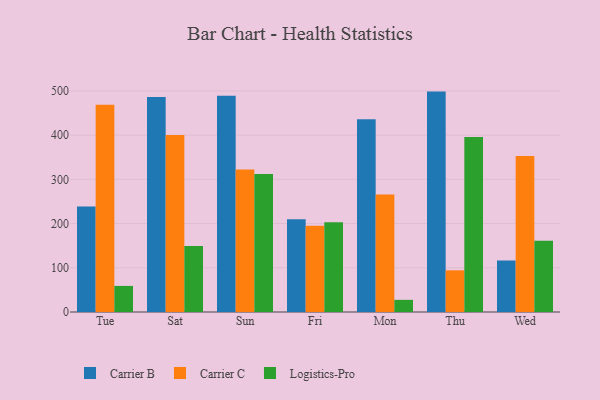
{"axis": {"x": "Day", "y": "Latency (ms)"}, "legend": ["Carrier B", "Carrier C", "Logistics-Pro"], "data": [{"x": "Tue", "y": 238.9, "type": "Carrier B"}, {"x": "Tue", "y": 468.6, "type": "Carrier C"}, {"x": "Tue", "y": 59.0, "type": "Logistics-Pro"}, {"x": "Sat", "y": 486.1, "type": "Carrier B"}, {"x": "Sat", "y": 400.3, "type": "Carrier C"}, {"x": "Sat", "y": 149.3, "type": "Logistics-Pro"}, {"x": "Sun", "y": 489.1, "type": "Carrier B"}, {"x": "Sun", "y": 322.5, "type": "Carrier C"}, {"x": "Sun", "y": 311.9, "type": "Logistics-Pro"}, {"x": "Fri", "y": 209.9, "type": "Carrier B"}, {"x": "Fri", "y": 194.8, "type": "Carrier C"}, {"x": "Fri", "y": 203.1, "type": "Logistics-Pro"}, {"x": "Mon", "y": 436.1, "type": "Carrier B"}, {"x": "Mon", "y": 265.7, "type": "Carrier C"}, {"x": "Mon", "y": 27.5, "type": "Logistics-Pro"}, {"x": "Thu", "y": 498.5, "type": "Carrier B"}, {"x": "Thu", "y": 94.3, "type": "Carrier C"}, {"x": "Thu", "y": 395.9, "type": "Logistics-Pro"}, {"x": "Wed", "y": 116.5, "type": "Carrier B"}, {"x": "Wed", "y": 352.7, "type": "Carrier C"}, {"x": "Wed", "y": 160.9, "type": "Logistics-Pro"}]}